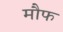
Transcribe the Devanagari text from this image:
मौफ